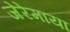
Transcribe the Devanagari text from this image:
जेरेमाया